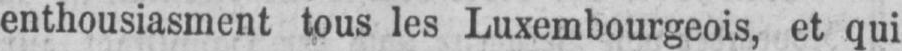
enthousiasment tous les Luxembourgeois, et qui